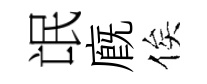
氓廐俟